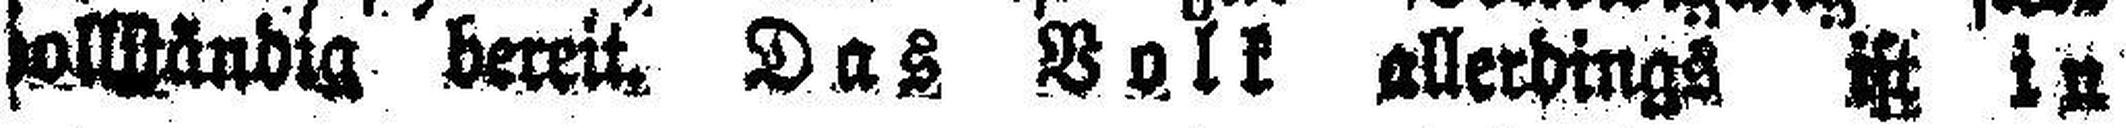
###llständig dereit. Das Volk allerdings ist in